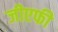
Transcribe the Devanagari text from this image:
जीएफी